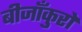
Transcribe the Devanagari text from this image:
बीजाँकुरों